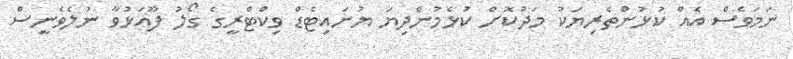
ނަމަވެސް އެއް ކުޅުންތެރިޔަކު މަދުކޮށް ކުޅެމުންދިޔަ ޔުނައިޓެޑް ވިކްޓްރީގެ ގޯލު ފޫއަޅުވާ ނުލެވެނީސް